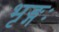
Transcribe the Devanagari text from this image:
भृङ्गः